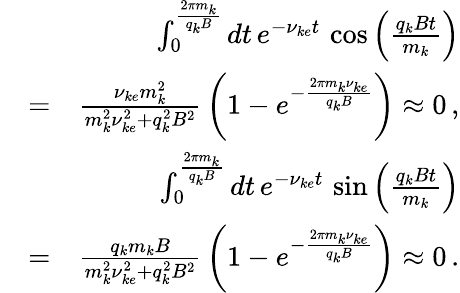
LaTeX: \begin{array}{rlr}&{}&{\int_{0}^{\frac{2\pi m_{k}}{q_{k}B}}dt\, e^{-\nu_{ke}t}\, \cos\left(\frac{q_{k}Bt}{m_{k}}\right)}\\ &{=}&{\frac{\nu_{ke}m_{k}^{2}}{m_{k}^{2}\nu_{ke}^{2}+q_{k}^{2}B^{2}}\, \left(1-e^{-\frac{2\pi m_{k}\nu_{ke}}{q_{k}B}}\right)\approx 0\, ,}\\ &{}&{\int_{0}^{\frac{2\pi m_{k}}{q_{k}B}}dt\, e^{-\nu_{ke}t}\, \sin\left(\frac{q_{k}Bt}{m_{k}}\right)}\\ &{=}&{\frac{q_{k}m_{k}B}{m_{k}^{2}\nu_{ke}^{2}+q_{k}^{2}B^{2}}\, \left(1-e^{-\frac{2\pi m_{k}\nu_{ke}}{q_{k}B}}\right)\approx 0\, .}\end{array}